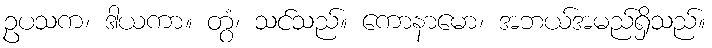
ဥပသက၊ ဒါယကာ။ တွံ၊ သင်သည်။ ကောနာမော၊ အဘယ်အမည်ရှိသည်။